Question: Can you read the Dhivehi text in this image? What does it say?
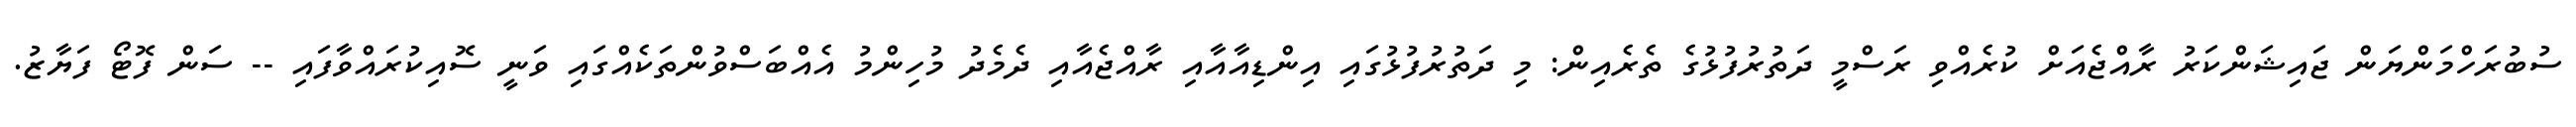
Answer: ސުބުރަހްމަންޔަން ޖައިޝަންކަރު ރާއްޖެއަށް ކުރެއްވި ރަސްމީ ދަތުރުފުޅުގެ ތެރެއިން: މި ދަތުރުފުޅުގައި އިންޑިއާއާއި ރާއްޖެއާއި ދެމެދު މުހިންމު އެއްބަސްވުންތަކެއްގައި ވަނީ ސޮއިކުރައްވާފައި -- ސަން ފޮޓޯ ފަޔާޒު.